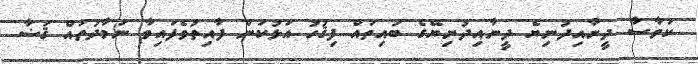
ކަވާސާ ދީނާއިދުނިޔެ ދީނާއިދުނިޔޭގެ ބައިތައް ފިޤުހު އަޅުކަން ފާއިތުވެފައިވާ ނަމާދުތައް ޤަޟާ